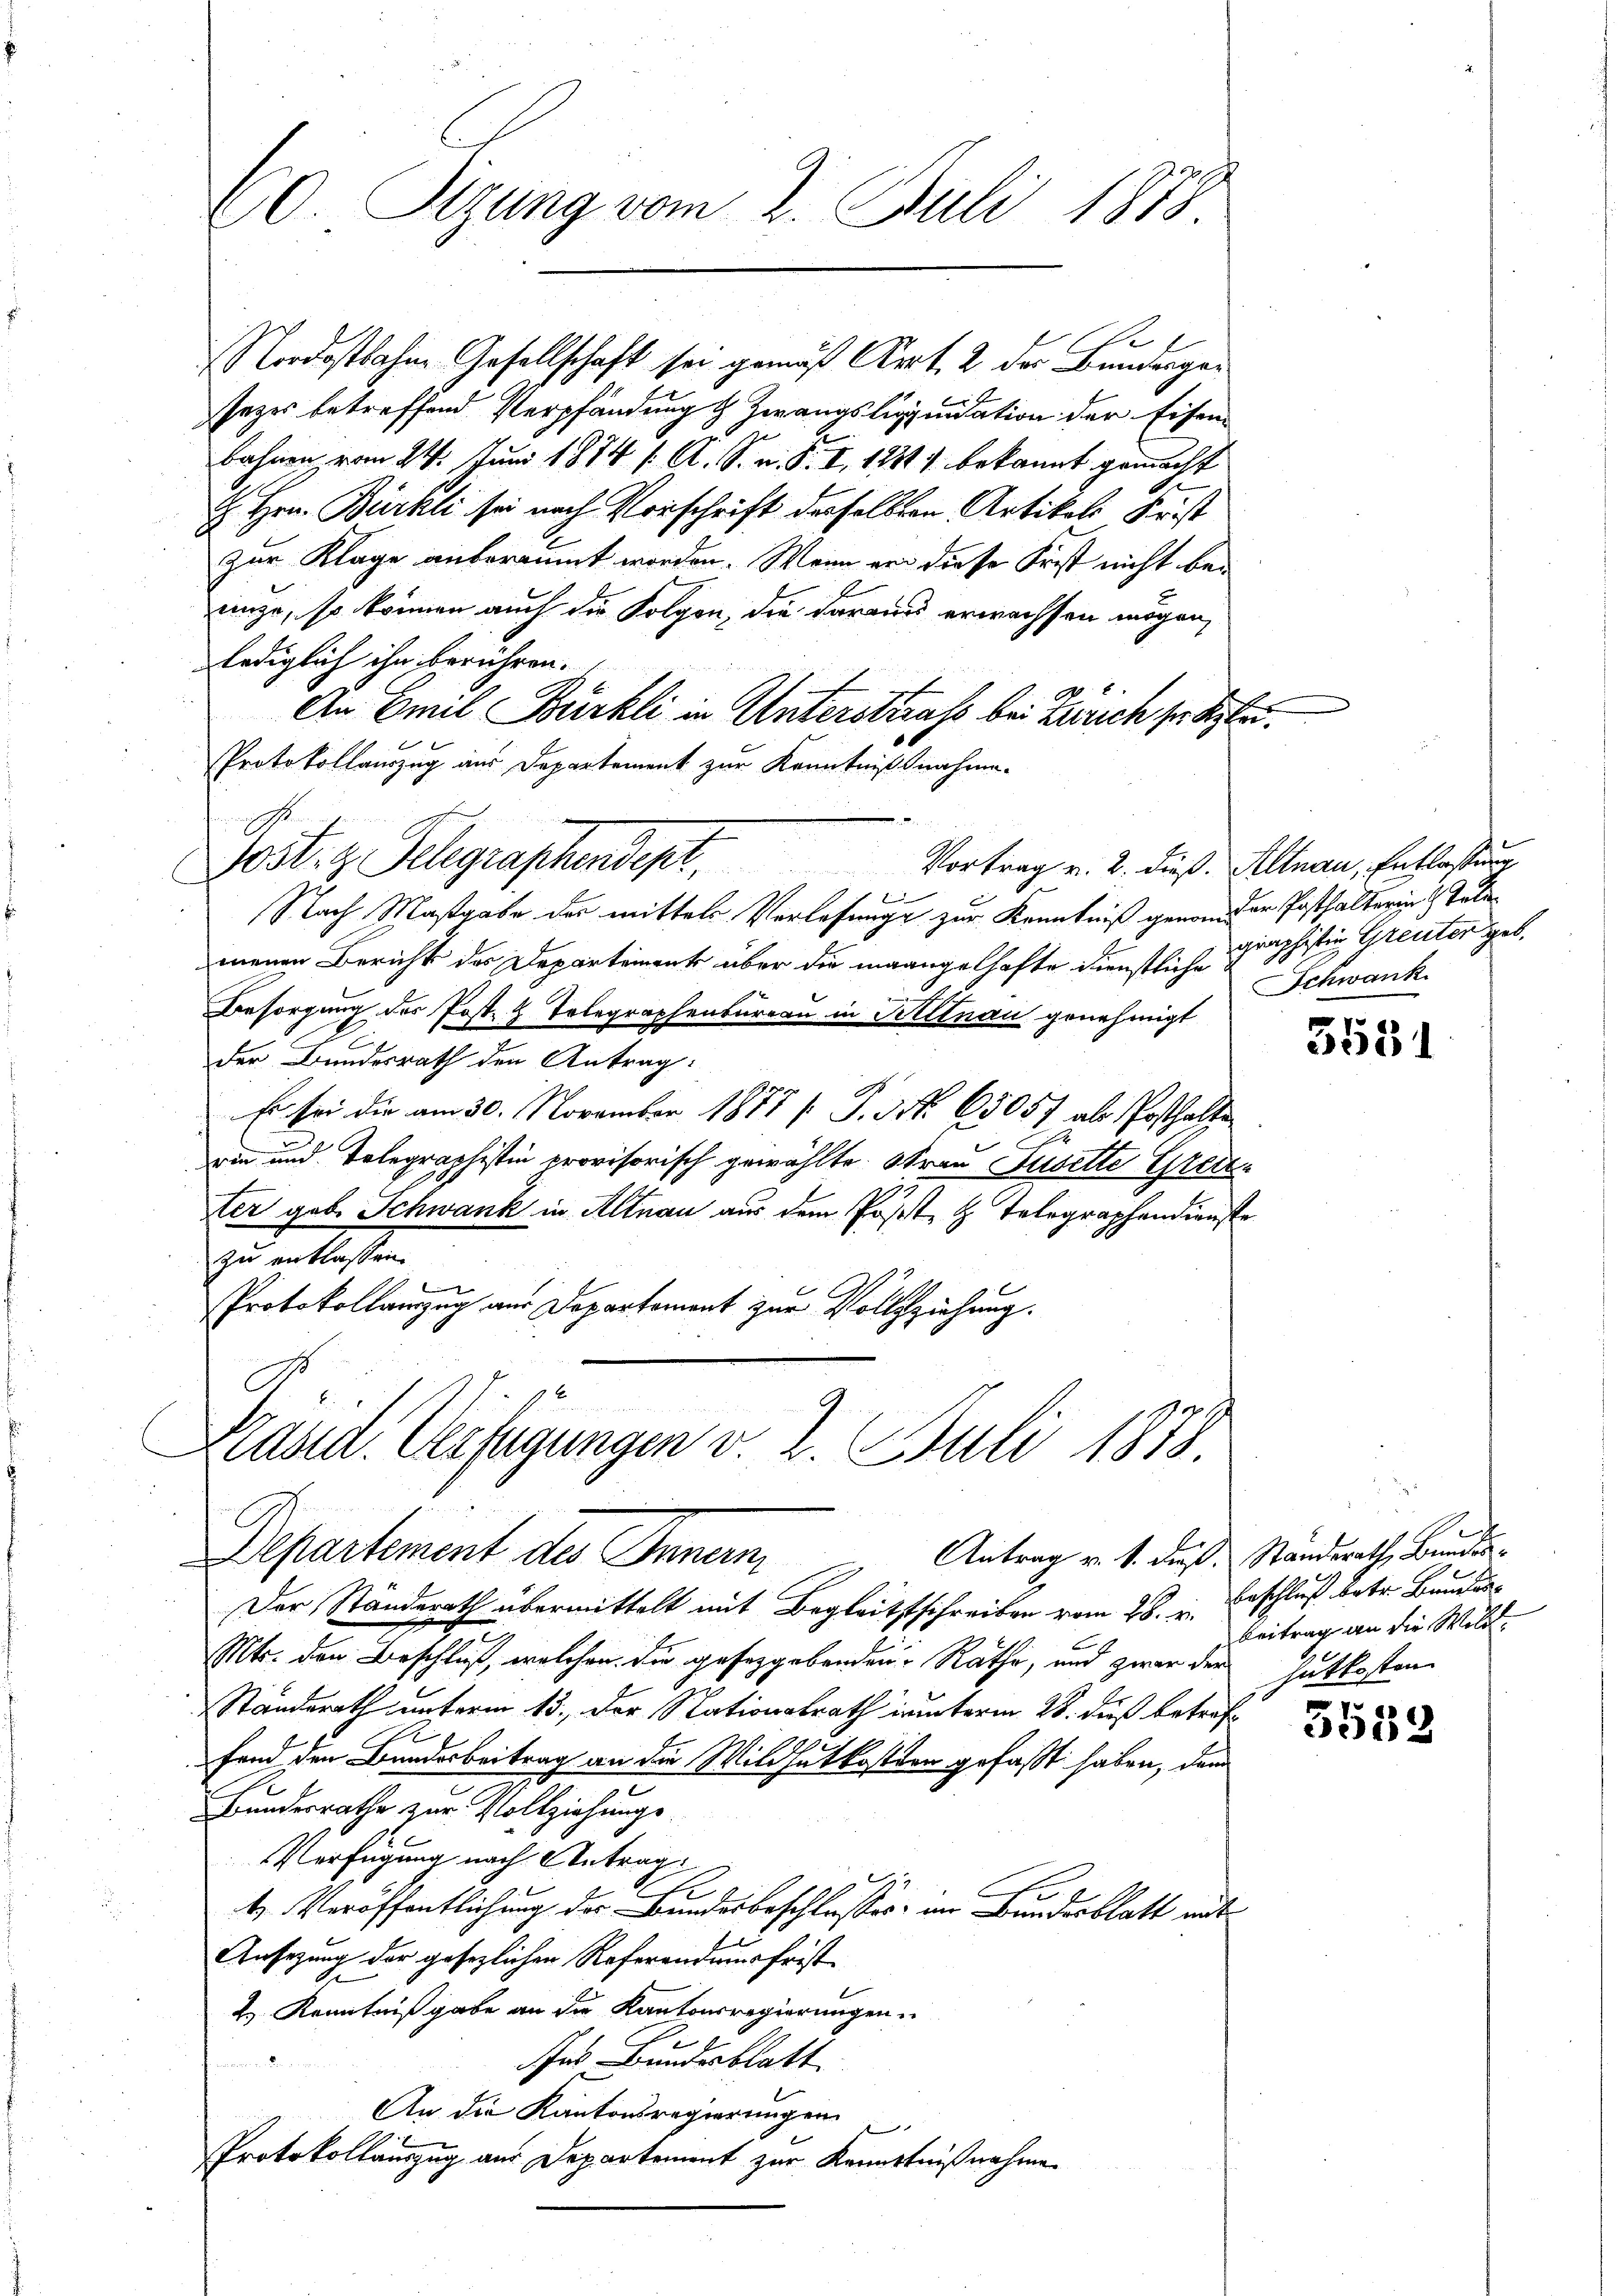
60. Sigung vom 2. Juli 1888.

2
Nordostbahne Gesellschaft sei gemäß Art. 2 der Bundergesezes betreffend Verpfändung & Zwangsliquidation der Eisen-
bahnen vom 27. Juni 1874 /: A. S. n. F. I, 1281) bekannt gemacht
 Hrn. Bürkli sei nach Vorschrift derselben Artikels Frist
zur Klage anberaumt worden. Wenn er diese Frist nicht bei
auze, so können auch die Folgen, die daraus erwachsen mögen,
lediglich ihn berühren.
An Emil Bürkli in Unterstrafs bei Zürich so bitten.
Protokollauszug aus Departement zur Kenntnißnahme.
Post. z. Telegraphendept, Vortrag v. 2. dieß. Altnau, Entlastung
Nach Maßgabe der mittels Verlesungs zur Kenntniß genommer Posthalterin 3 Julie
menen Bericht des Departement über die mangelhafte dienstliche
Besorgung der Post. H. Telegraphenbureau in Kiltnau genehmigt
der Bundesrath den Antrag:
Es sei die am 30. November 1877 [ P. Nr. 65057 als Posthalte
E
rin und Telegraphistin provisorisch gewählte Frau Füsette Greden
ter geb. Schwank in Altnau aus dem Post- & Telegraphendienste
zu entlassen.
Protokollauszug aus Departement zur Vollziehung.

b
Rasid. Verfügungen v. 2. Juli 1878.
E
Departement des Innern
Antrag v. 1. dieß. Standerath, Bundes¬

Der Standerath übermittelt mit Begleitsschreiben vom 28. u. Beschluß betr. Bunder
Mts. den Beschluß, welchen die gesetzgebenden Rathe, und zwar der
Standerath unterm 13. Der Nationalrath interm 28. dieß betref¬
Fand den Bundesbeitrag an die Wildhatkosten gefaßt haben, dem
Bundesrathe zur Vollziehungs-
Verfügung nach Antrag
4. Veröffentlichung der Bundesbeschlusses im Bundesblatt mit
Ansezung der gesetzlichen Referandausfrist
2.) Kenntniß gabe an die Kantonsregierungen
Ins Bundesblatt
An die Kantonsregierungen
Protokollauszug aus Departement zur Kenntnißnahme

graphistin Greuter geb.
Schwank

3531

d
.
beitrag an die Will
hutkosten

3552